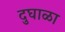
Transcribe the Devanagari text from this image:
दुघाळा